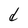
Character: d